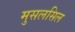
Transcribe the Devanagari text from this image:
मुसलसिल